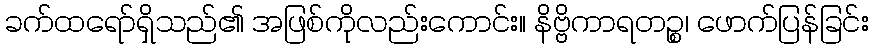
ခက်ထရော်ရှိသည်၏ အဖြစ်ကိုလည်းကောင်း။ နိဗ္ဗိကာရတဉ္စ၊ ဖောက်ပြန်ခြင်း